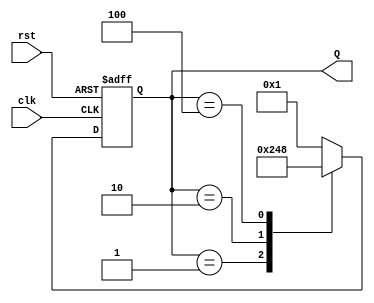
module ring_counter (
    input wire clk,        // Clock Input
    input wire rst,        // Asynchronous Reset
    output reg [3:0] Q     // 4-bit Output representing the current state
);

    // State Encoding
    parameter STATE_0 = 4'b0001; // State 0
    parameter STATE_1 = 4'b0010; // State 1
    parameter STATE_2 = 4'b0100; // State 2
    parameter STATE_3 = 4'b1000; // State 3

    // Sequential logic for state transition
    always @(posedge clk or posedge rst) begin
        if (rst) begin
            // Asynchronous reset to State 0
            Q <= STATE_0;
        end else begin
            // State transition logic (Moore machine)
            case (Q)
                STATE_0: Q <= STATE_1; // Transition from State 0 to State 1
                STATE_1: Q <= STATE_2; // Transition from State 1 to State 2
                STATE_2: Q <= STATE_3; // Transition from State 2 to State 3
                STATE_3: Q <= STATE_0; // Transition from State 3 back to State 0
                default: Q <= STATE_0; // Default to State 0
            endcase
        end
    end

endmodule